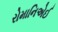
રોમાનિએઈ